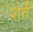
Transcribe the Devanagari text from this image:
शर्तं